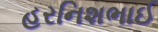
હરનિશભાઈ